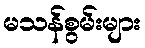
မသန်စွမ်းများ